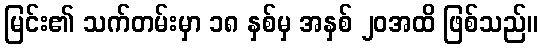
မြင်း၏ သက်တမ်းမှာ ၁၈ နှစ်မှ အနှစ် ၂၀အထိ ဖြစ်သည်။